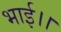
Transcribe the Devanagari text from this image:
भाई।।